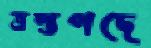
ত্রস্তপদে